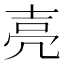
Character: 𡔧